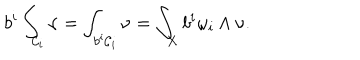
LaTeX: b ^ { i } \int _ { { \cal { C } } _ { i } } { \nu } = \int _ { b ^ { i } { \cal { C } } _ { i } } { \nu } = \int _ { X } { b ^ { i } \omega _ { i } \wedge \nu } .